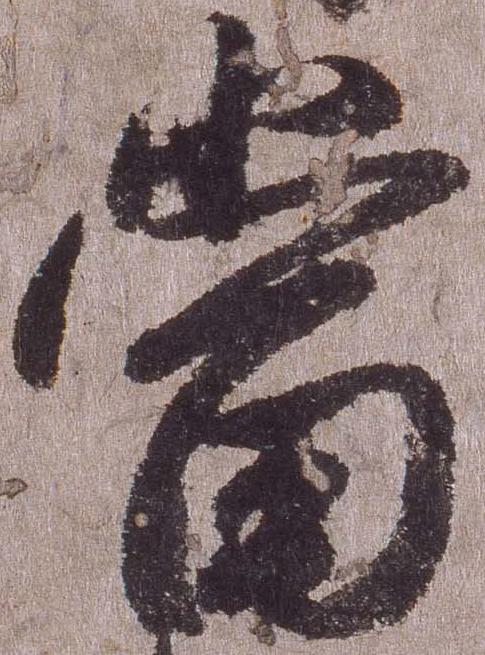
当